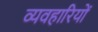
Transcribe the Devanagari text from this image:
व्यवहारियों